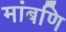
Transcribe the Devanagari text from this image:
मांबणि